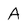
Character: A